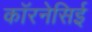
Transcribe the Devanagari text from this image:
कॉरनेसिई